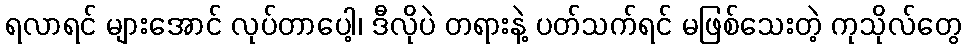
ရလာရင် များအောင် လုပ်တာပေါ့၊ ဒီလိုပဲ တရားနဲ့ ပတ်သက်ရင် မဖြစ်သေးတဲ့ ကုသိုလ်တွေ